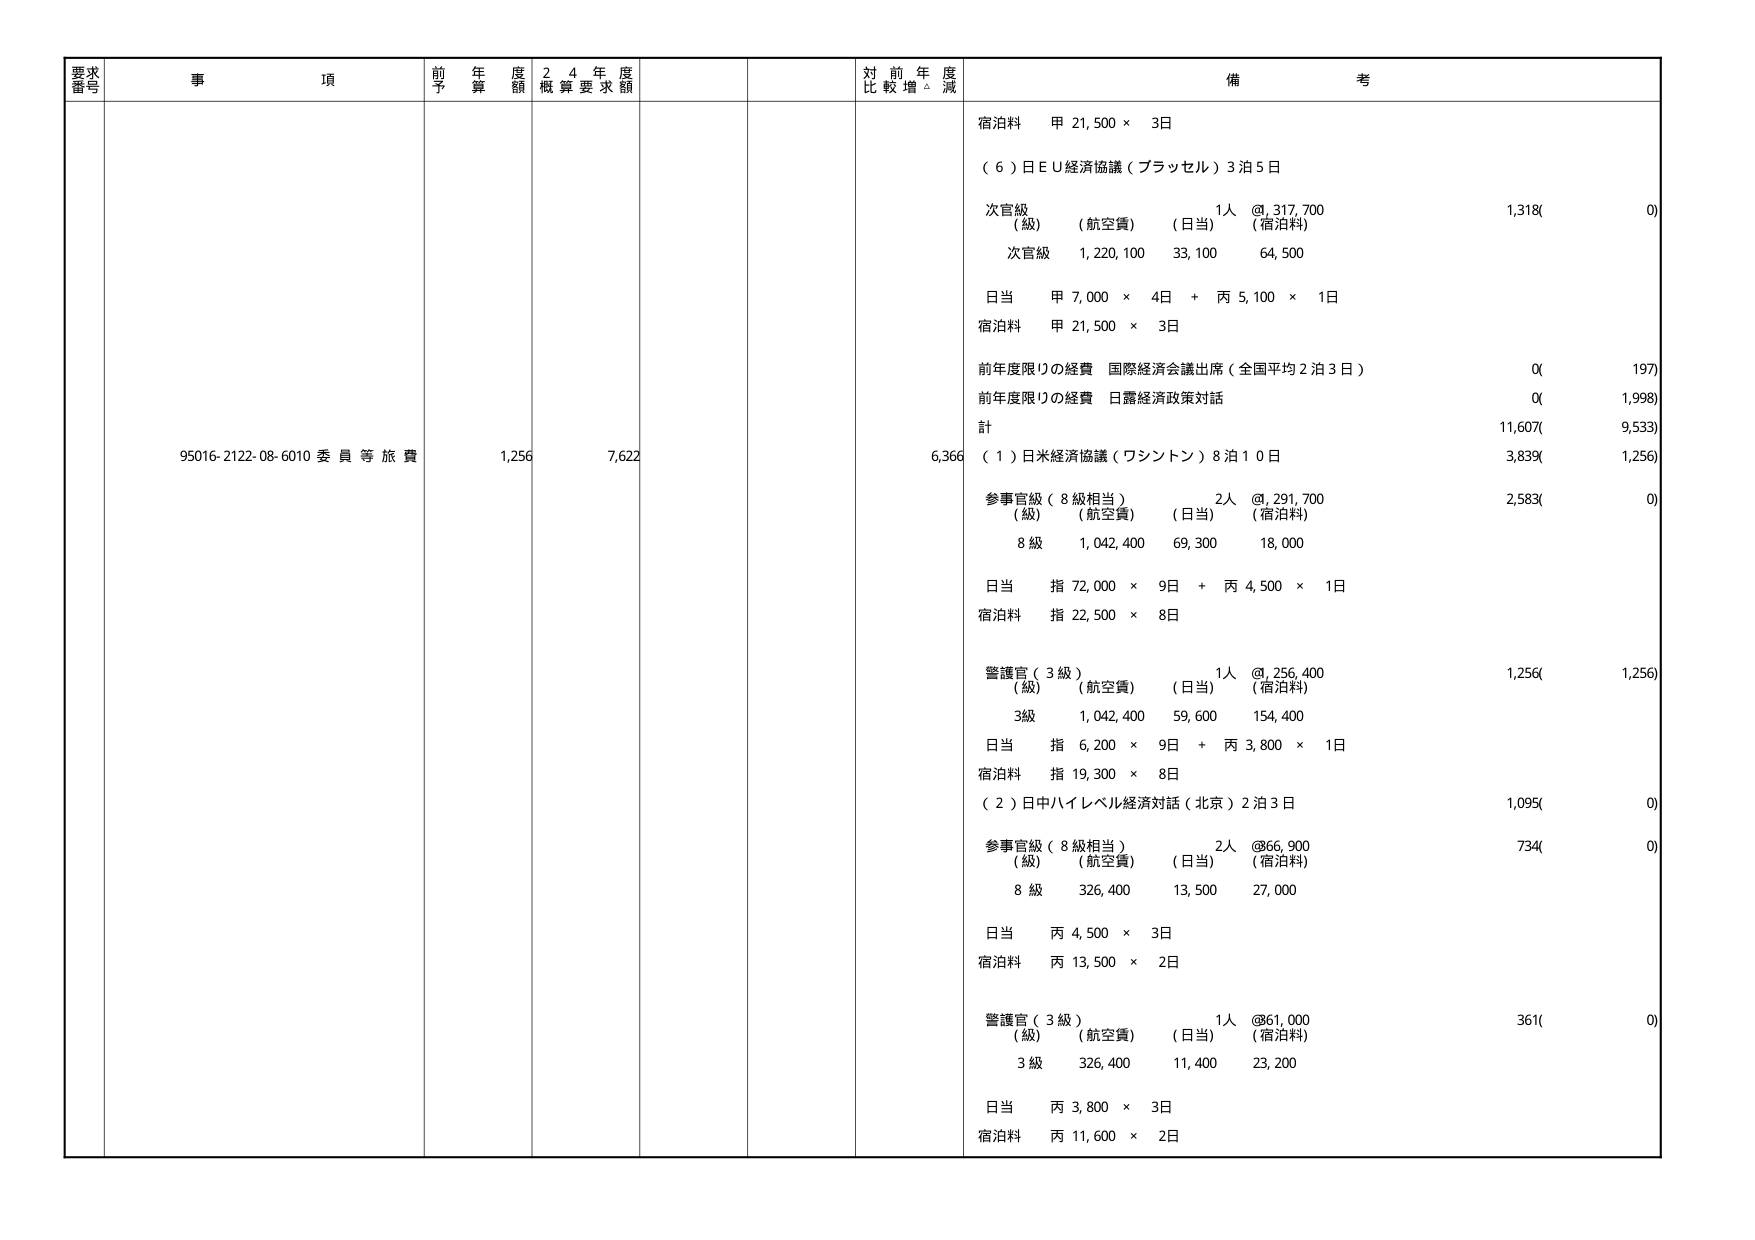
要求番号
事項
前年度予算額
24年度概算要求額
対前年度比較増減
備考
95016-2122-08-6010 委員等旅費
1,256
7,622
6,366
宿泊料 甲 21,500 × 3日
（6）日EU経済協議（ブリュッセル）3泊5日
次官級 1人 @1,317,700
（級）（航空費）（日当）（宿泊料）
1,318(0)
次官級 1,220,100 33,100 64,500
日当 甲 7,000 × 4日 + 丙 5,100 × 1日
宿泊料 甲 21,500 × 3日
前年度限りの経費 国際経済会議出席（全国平均2泊3日） 0(197)
前年度限りの経費 日露経済政策対話 0(1,998)
計 11,607(9,533)
（1）日米経済協議（ワシントン）8泊10日
参事官級（8級相当） 2人 @1,291,700
（級）（航空費）（日当）（宿泊料）
2,583(0)
8級 1,042,400 69,300 18,000
日当 指 72,000 × 9日 + 丙 4,500 × 1日
宿泊料 指 22,500 × 8日
警護官（3級） 1人 @1,256,400
（級）（航空費）（日当）（宿泊料）
1,256(1,256)
3級 1,042,400 59,600 154,400
日当 指 6,200 × 9日 + 丙 3,800 × 1日
宿泊料 指 19,300 × 8日
（2）日中ハイレベル経済対話（北京）2泊3日
参事官級（8級相当） 2人 @866,900
（級）（航空費）（日当）（宿泊料）
734(0)
8級 326,400 13,500 27,000
日当 丙 4,500 × 3日
宿泊料 丙 13,500 × 2日
警護官（3級） 1人 @861,000
（級）（航空費）（日当）（宿泊料）
361(0)
3級 326,400 11,400 23,200
日当 丙 3,800 × 3日
宿泊料 丙 11,600 × 2日